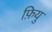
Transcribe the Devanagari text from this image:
फ़ियु